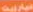
خبارية